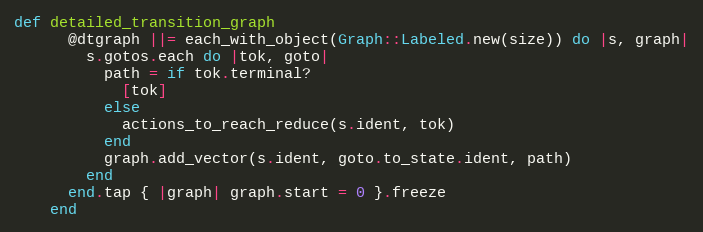
Language: Ruby
def detailed_transition_graph
      @dtgraph ||= each_with_object(Graph::Labeled.new(size)) do |s, graph|
        s.gotos.each do |tok, goto|
          path = if tok.terminal?
            [tok]
          else
            actions_to_reach_reduce(s.ident, tok)
          end
          graph.add_vector(s.ident, goto.to_state.ident, path)
        end
      end.tap { |graph| graph.start = 0 }.freeze
    end